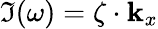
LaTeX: \Im(\omega)=\zeta\cdot\mathbf{k}_{x}